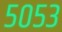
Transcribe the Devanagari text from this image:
५०५३